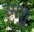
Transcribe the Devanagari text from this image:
स्मश्रु